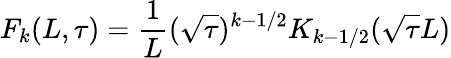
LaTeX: F_{k}(L,\tau)={\frac{1}{L}}(\sqrt{\tau})^{k-1/2}K_{k-1/2}(\sqrt{\tau}L)